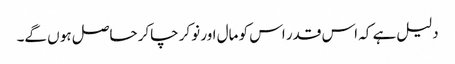
دلیل ہے کہ اس قدر اس کو مال اور نوکر چاکر حاصل ہو ں گے۔